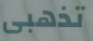
تذهبى